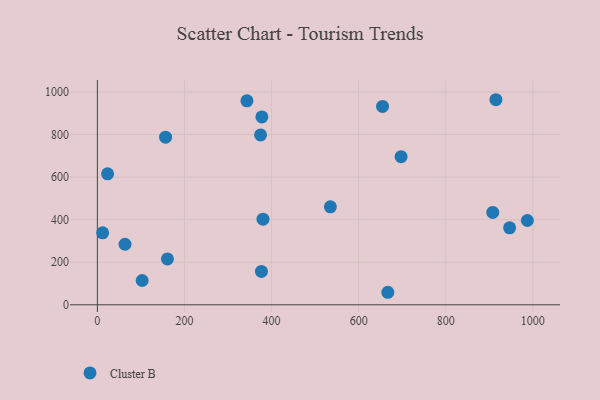
{"axis": {"x": "Distance", "y": "Rating"}, "legend": ["Cluster B"], "data": [{"x": "376.8", "y": 156.6, "type": "Cluster B"}, {"x": "946.7", "y": 361.8, "type": "Cluster B"}, {"x": "697.5", "y": 695.8, "type": "Cluster B"}, {"x": "380.4", "y": 402.2, "type": "Cluster B"}, {"x": "535.1", "y": 460.2, "type": "Cluster B"}, {"x": "23.5", "y": 615.1, "type": "Cluster B"}, {"x": "374.8", "y": 798.1, "type": "Cluster B"}, {"x": "654.9", "y": 932.1, "type": "Cluster B"}, {"x": "160.9", "y": 215.6, "type": "Cluster B"}, {"x": "343.5", "y": 958.2, "type": "Cluster B"}, {"x": "63.5", "y": 284.5, "type": "Cluster B"}, {"x": "915.3", "y": 963.4, "type": "Cluster B"}, {"x": "156.7", "y": 787.6, "type": "Cluster B"}, {"x": "667.0", "y": 58.8, "type": "Cluster B"}, {"x": "908.0", "y": 433.8, "type": "Cluster B"}, {"x": "987.5", "y": 396.0, "type": "Cluster B"}, {"x": "102.9", "y": 114.1, "type": "Cluster B"}, {"x": "12.1", "y": 338.2, "type": "Cluster B"}, {"x": "377.8", "y": 882.8, "type": "Cluster B"}]}